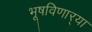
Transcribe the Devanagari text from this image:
भूषविणार्‍या